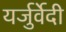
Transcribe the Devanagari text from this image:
यर्जुर्वेेदी